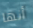
أنها